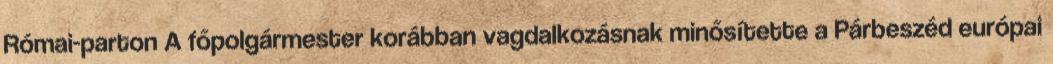
Római-parton A főpolgármester korábban vagdalkozásnak minősítette a Párbeszéd európai